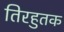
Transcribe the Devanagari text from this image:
तिरहुतक